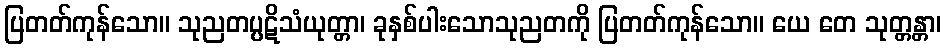
ပြတတ်ကုန်သော။ သုညတပ္ပဋိသံယုတ္တာ၊ ခုနှစ်ပါးသောသုညတကို ပြတတ်ကုန်သော။ ယေ တေ သုတ္တန္တာ၊